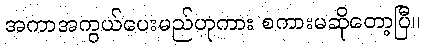
အကာအကွယ်ပေးမည်ဟုကား စကားမဆိုတော့ပြီ။